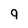
Character: 9